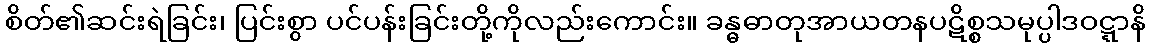
စိတ်၏ဆင်းရဲခြင်း၊ ပြင်းစွာ ပင်ပန်းခြင်းတို့ကိုလည်းကောင်း။ ခန္ဓဓာတုအာယတနပဋိစ္စသမုပ္ပါဒဝဋ္ဋာနိ